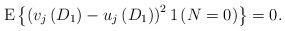
LaTeX: \begin{align*}\mathrm E \left\{ \left(v_j \left( D_1 \right) -u_j \left( D_1 \right) \right)^2 1 \left(N=0\right) \right\} &=0.\end{align*}